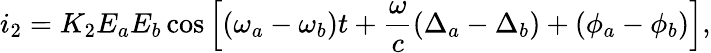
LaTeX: i_{2}=K_{2}E_{a}E_{b}\cos\left[(\omega_{a}-\omega_{b})t+\frac{\omega}{c}(\Delta_{a}-\Delta_{b})+(\phi_{a}-\phi_{b})\right],